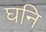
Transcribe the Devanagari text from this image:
घनि